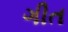
ગીત